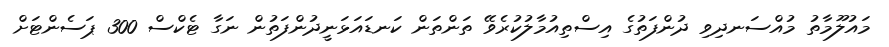
މައުލޫމާތު މުއްސަނދިވި ދުންފަތުގެ އިސްތިއުމާލުކުރެވޭ ތަންތަން ކަނޑައަޅަނީދުންފަތުން ނަގާ ޓެކްސް 300 ޕަސެންޓަށް